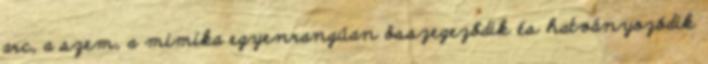
arc, a szem, a mimika egyenrangúan összegeződik és hatványozódik